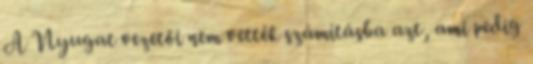
A Nyugat vezetői nem vették számításba azt, ami pedig